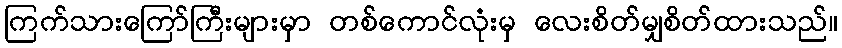
ကြက်သားကြော်ကြီးများမှာ တစ်ကောင်လုံးမှ လေးစိတ်မျှစိတ်ထားသည်။